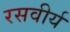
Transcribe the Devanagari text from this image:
रसवीर्य